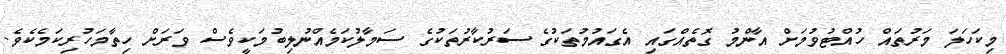
މިކަހަލަ މަރުތައް ހުއްޓުވުމަށް އާންމު ގޮތެއްގައި އެގައުމުތަކުގެ ސަރުކާރުތަކުގެ ސަމާލުކަމެއްނުލިބުމަކީވެސް ވަރަށް ހިތާމަހުރިކަމެކެވެ.